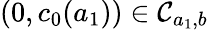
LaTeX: (0,c_{0}(a_{1}))\in\mathcal{C}_{a_{1},b}